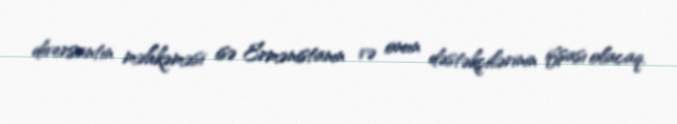
diversantın məhkəməsi isə Ermənistanın və onun dəstəkçilərinin ifşası olacaq.